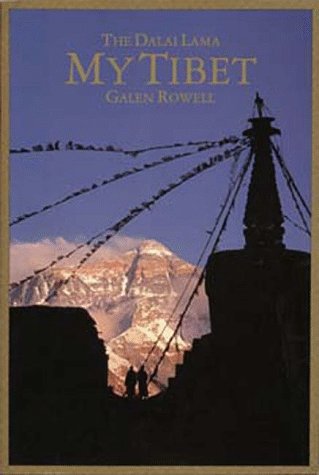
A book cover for My Tibet, Text by his Holiness the Fourteenth Dali Lama of Tibet; Dalai Lama; Religion & Spirituality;